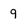
Character: 9